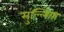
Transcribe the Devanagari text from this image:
सुल्लिया